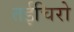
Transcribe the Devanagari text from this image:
तईचिरो